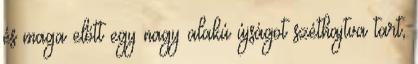
és maga előtt egy nagy alakú újságot széthajtva tart,